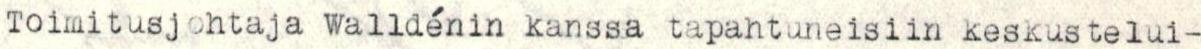
Toimitusjohtaja Walldénin kanssa tapahtuneisiin keskustelui-